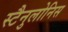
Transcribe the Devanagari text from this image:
स्टैनुलोनिस